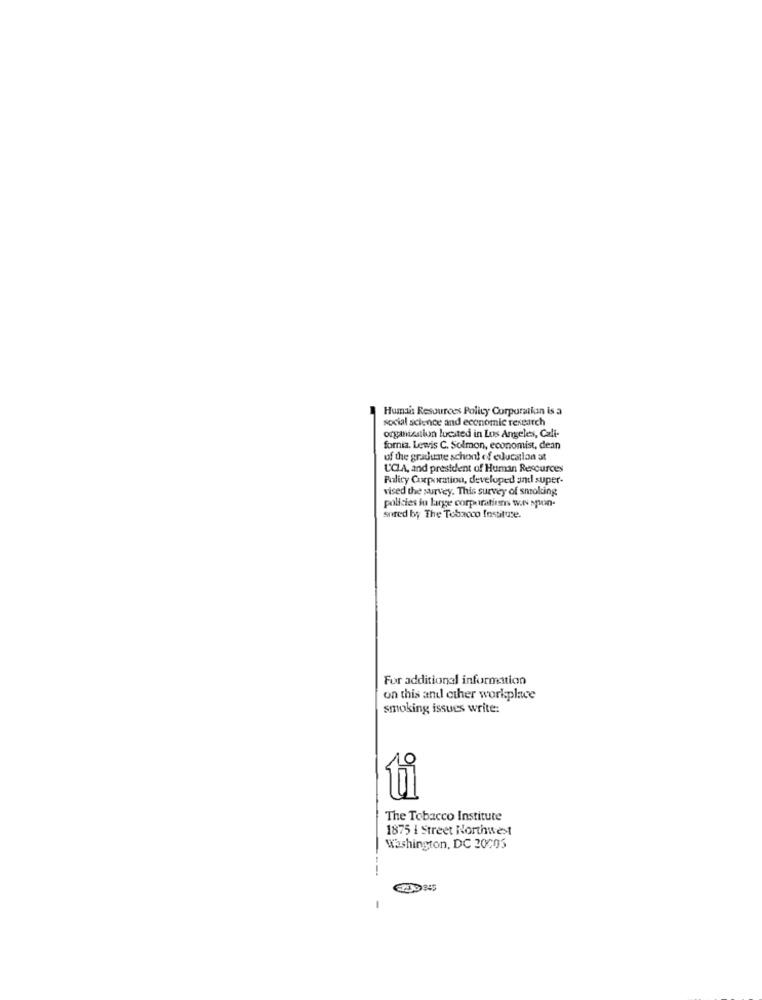
Human Resources Policy Corporation is a
social science and economic research
organization lucsted in Los Angeles, Cali-
fornia. Lewis C. Solmon, economist, dean
of the graduate school of education at
UCLA, and president of Human Resources
Policy Corporation, developed and super-
vised the survey. This survey of smoking
policies in large corporations w.N spon-
sored by The Tobacco Institute.
For additional information
on this and other workplace
smoking issues write:
The Tobacco Institute
1875 I Street Northwest
Washington, DC 20005